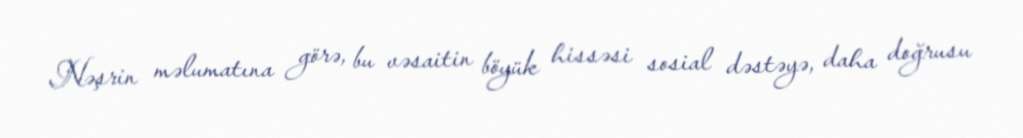
Nəşrin məlumatına görə, bu vəsaitin böyük hissəsi sosial dəstəyə, daha doğrusu